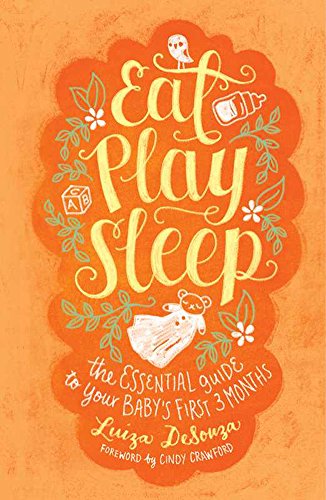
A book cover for Eat, Play, Sleep: The Essential Guide to Your Baby's First Three Months; Luiza DeSouza; Parenting & Relationships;